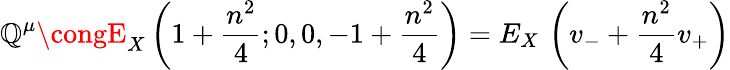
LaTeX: \mathbb{Q}^{\mu}\congE_{X}\left(1+\frac{{n^{2}}}{{4}};0,0,-1+\frac{{n^{2}}}{{4}}\right)=E_{X}\, \left(v_{-}+\frac{{n^{2}}}{{4}}v_{+}\right)